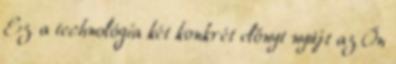
Ez a technológia két konkrét előnyt nyújt az Ön